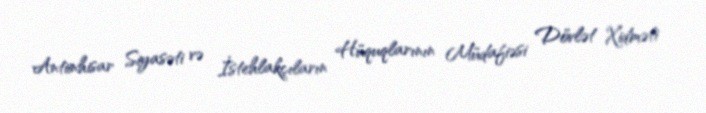
Antiinhisar Siyasəti və İstehlakçıların Hüquqlarının Müdafiəsi Dövlət Xidməti